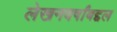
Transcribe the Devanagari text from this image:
लेखनवर्षांबद्दल